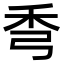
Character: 𥝙